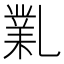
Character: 𠄅